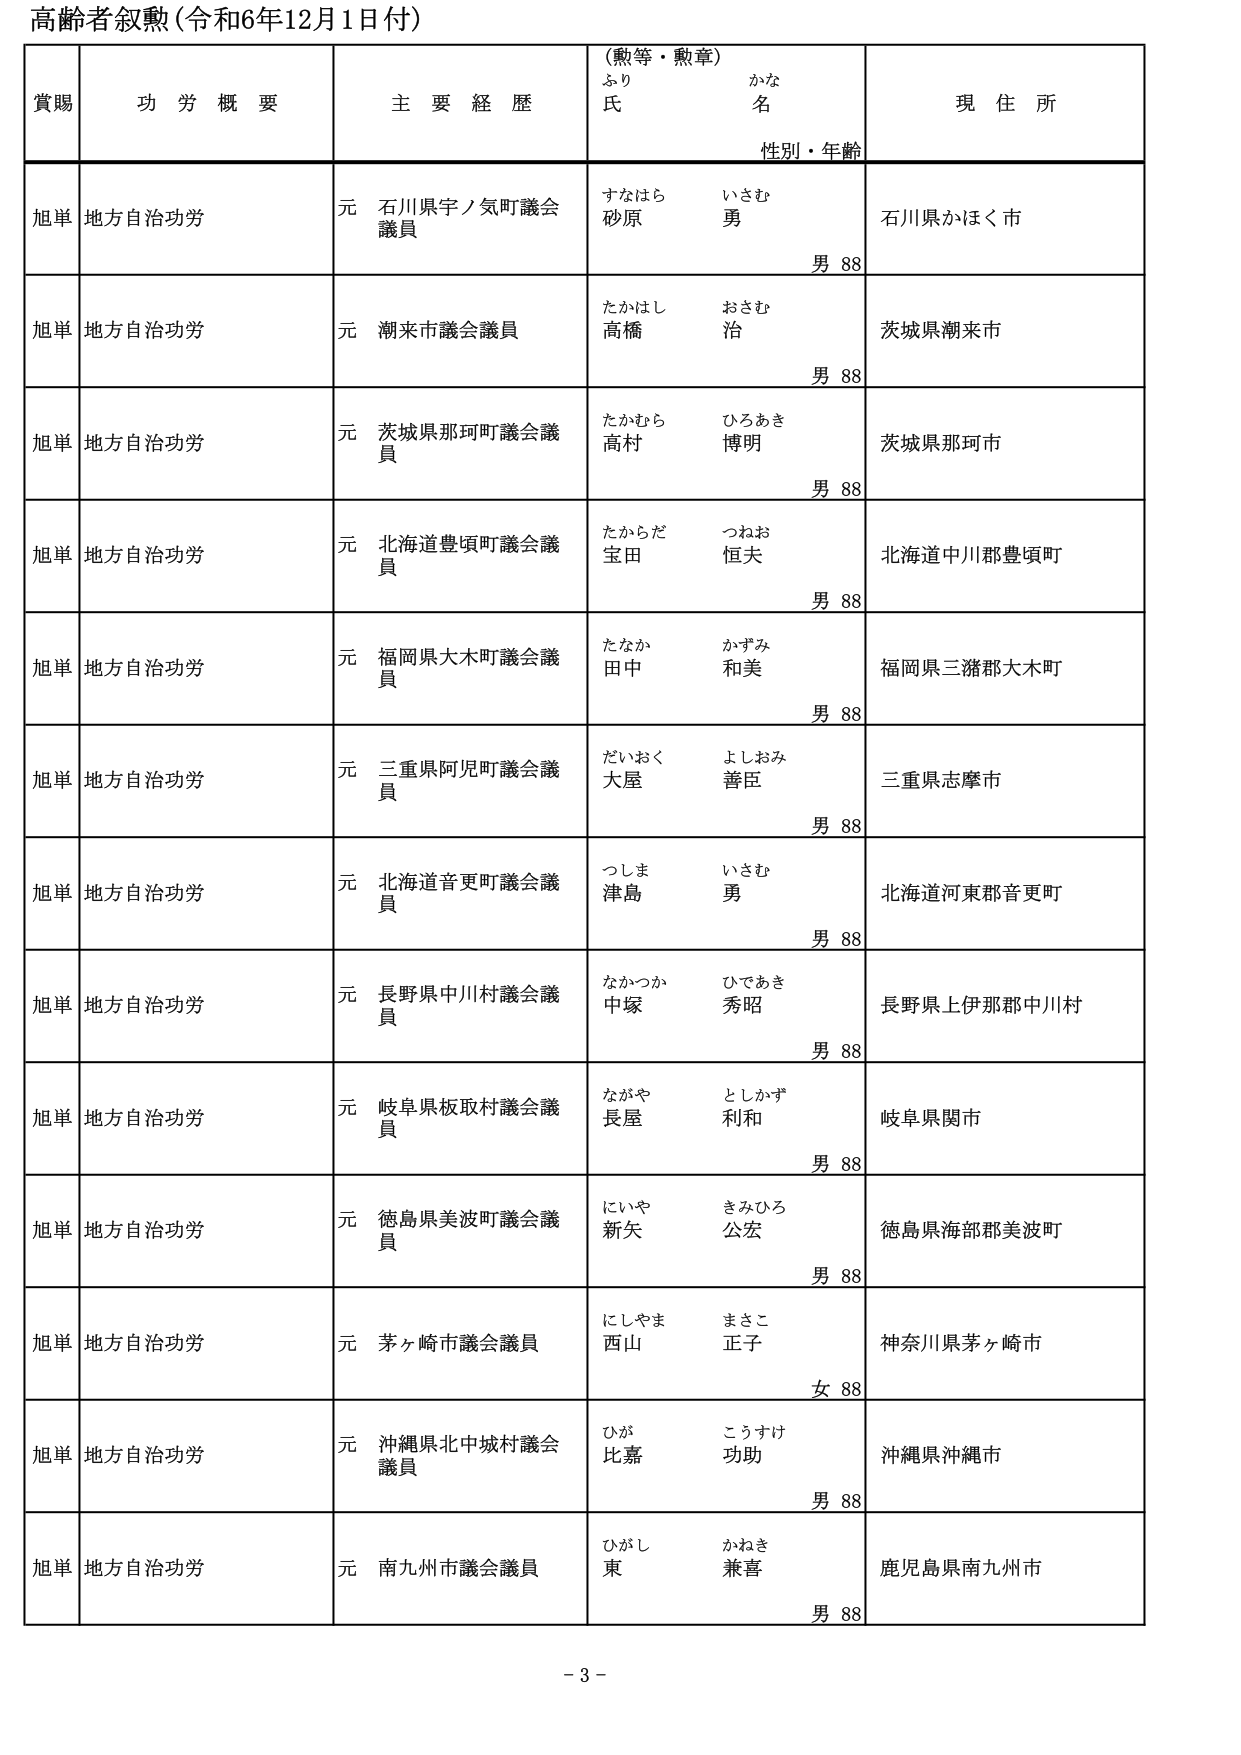
高齢者叙勲（令和6年12月1日付）

賞賜　　功労概要　　主要経歴　　（勲等・勲章）　　現住所
　　　　　　　　　　　　　　ふりがな　　氏名　　　　性別・年齢

旭単　地方自治功労　　元 石川県宇ノ気町議会議員　　すなはら いさむ　　砂原 勇　　男 88　　石川県かほく市

旭単　地方自治功労　　元 潮来市議会議員　　たかはし おさむ　　高橋 治　　男 88　　茨城県潮来市

旭単　地方自治功労　　元 茨城県那珂町議会議員　　たかむら ひろあき　　高村 博明　　男 88　　茨城県那珂市

旭単　地方自治功労　　元 北海道豊頃町議会議員　　たからだ つねお　　宝田 恒夫　　男 88　　北海道中川郡豊頃町

旭単　地方自治功労　　元 福岡県大木町議会議員　　たなか かずみ　　田中 和美　　男 88　　福岡県三潴郡大木町

旭単　地方自治功労　　元 三重県阿児町議会議員　　だいおく よしおみ　　大屋 善臣　　男 88　　三重県志摩市

旭単　地方自治功労　　元 北海道音更町議会議員　　つしま いさむ　　津島 勇　　男 88　　北海道河東郡音更町

旭単　地方自治功労　　元 長野県中川村議会議員　　なかつか ひであき　　中塚 秀昭　　男 88　　長野県上伊那郡中川村

旭単　地方自治功労　　元 岐阜県板取村議会議員　　ながや としかず　　長屋 利和　　男 88　　岐阜県関市

旭単　地方自治功労　　元 徳島県美波町議会議員　　にいや きみひろ　　新矢 公宏　　男 88　　徳島県海部郡美波町

旭単　地方自治功労　　元 茅ヶ崎市議会議員　　にしやま まさこ　　西山 正子　　女 88　　神奈川県茅ヶ崎市

旭単　地方自治功労　　元 沖縄県北中城村議会議員　　ひが こうすけ　　比嘉 功助　　男 88　　沖縄県沖縄市

旭単　地方自治功労　　元 南九州市議会議員　　ひがし かねき　　東 兼喜　　男 88　　鹿児島県南九州市

- 3 -